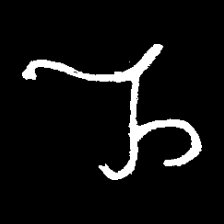
Pyu character \u2014 Myanmar letter: ည (romanized: nya)